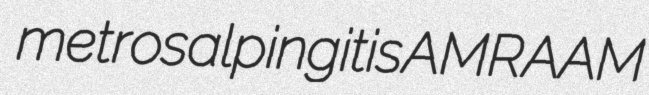
metrosalpingitis AMRAAM